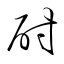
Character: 酎